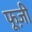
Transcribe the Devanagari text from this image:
फूज़ी